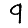
Digit: 9